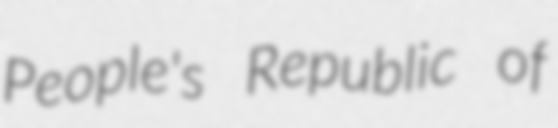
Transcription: People's Republic of